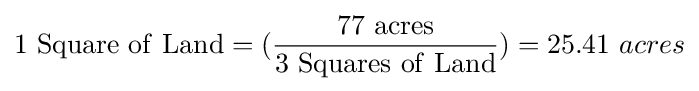
\mathrm {1\ Square\ of\ Land} =({\frac {\mathrm {77\ acres} }{\mathrm {3\ Squares\ of\ Land} }})=25.41\ acres